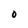
Character: 0